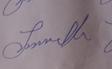
Signature authenticity: genuine